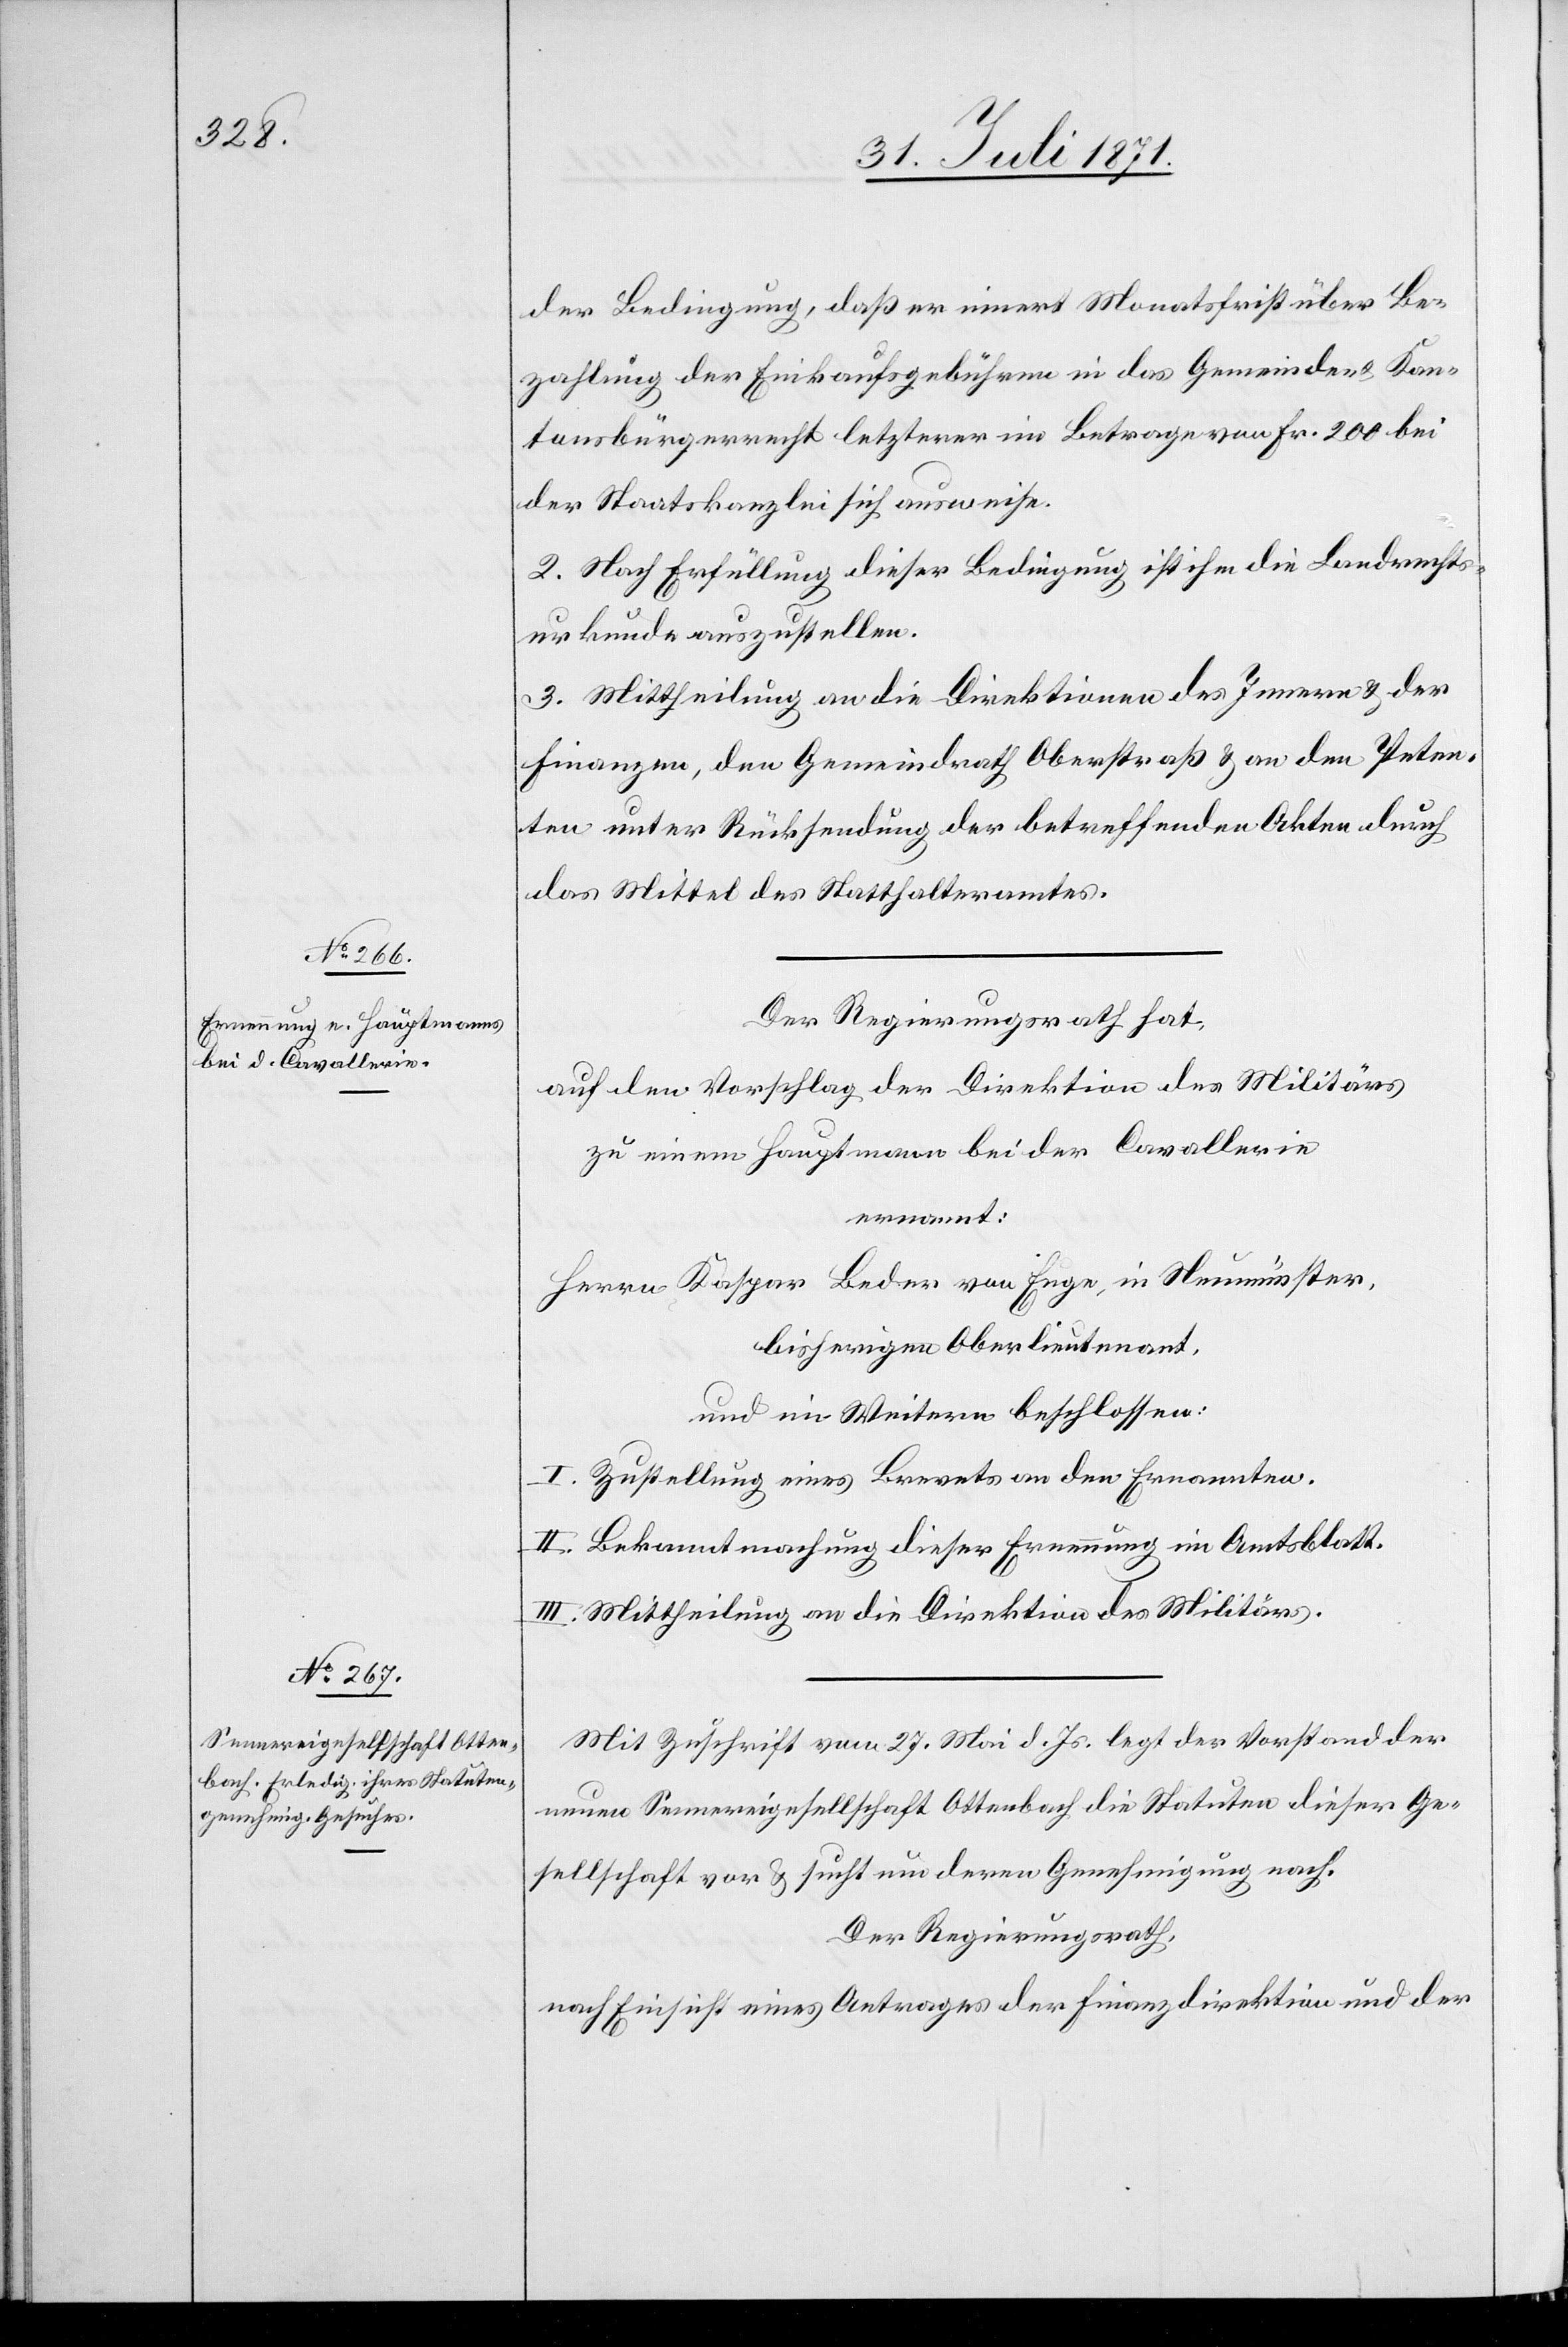
der Bedingung, daß er innert Monatsfrist über Be¬
zahlung der Einkaufsgebühren in das Gemeinde- u. Kan¬
tonsbürgerrecht letzterer im Betrage von Fr. 200 bei
der Staatskanzlei sich ausweise.
2. Nach Erfüllung dieser Bedingung ist ihm die Landrechts¬
urkunde auszustellen.
3. Mittheilung an die Direktion des Innern u. der
Finanzen, den Gemeindrath Oberstraß u. an den Peten¬
ten unter Rücksendung der betreffenden Akten durch
das Mittel des Statthalteramtes.
Der Regierungsrath hat,
auf den Vorschlag der Direktion des Militärs
zu einem Hauptmann bei der Cavallerie
ernannt:
Herrn Kaspar Beder von Enge, in Neumünster,
bisherigen Oberlieutenant,
und im Weitern beschlossen:
I. Zustellung eines Brevets an den Ernannten.
II. Bekanntmachung dieser Ernennung im Amtsblatt.
III. Mittheilung an die Direktion des Militärs.
Mit Zuschrift vom 27. Mai d. Js. legt der Vorstand der
neuen Sennereigesellschaft Ottenbach die Statuten dieser Ge¬
sellschaft vor u. sucht um deren Genehmigung nach.
Der Regierungsrath,
nach Einsicht eines Antrages der Finanzdirektion und der